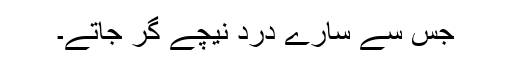
جس سے سارے درد نیچے گر جاتے۔